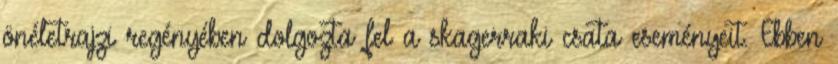
önéletrajzi regényében dolgozta fel a skagerraki csata eseményeit. Ebben